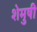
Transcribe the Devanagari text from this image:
शेमुषी